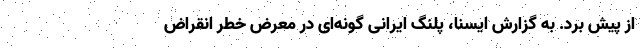
از پیش برد. به گزارش ایسنا، پلنگ ایرانی گونه‌ای در معرض خطر انقراض